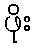
ဖိုး